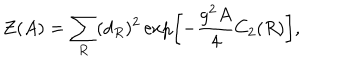
{ \cal Z } ( A ) = \sum _ { R } ( d _ { R } ) ^ { 2 } \exp \left[ - { \frac { g ^ { 2 } A } { 4 } } C _ { 2 } ( R ) \right] ,